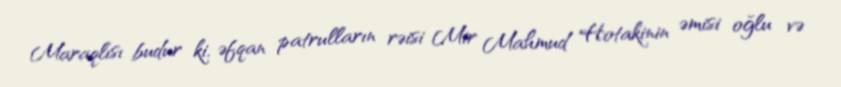
Maraqlısı budur ki, əfqan patrulların rəisi Mir Mahmud Hotakinin əmisi oğlu və